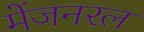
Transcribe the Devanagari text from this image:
मेंजनरल